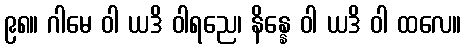
၉၈။ ဂါမေ ဝါ ယဒိ ဝါရညေ၊ နိန္နေ ဝါ ယဒိ ဝါ ထလေ။